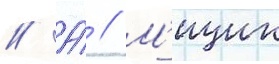
// А́ // М'ицик